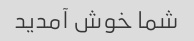
شما خوش آمدید